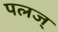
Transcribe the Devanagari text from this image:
पलज्